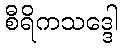
စီရိကသဒ္ဒေါ